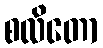
စလိတော